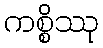
ကစ္စိဿု